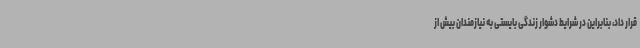
قرار داد، بنابراین در شرایط دشوار زندگی بایستی به نیازمندان بیش از